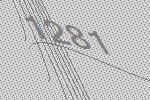
1281